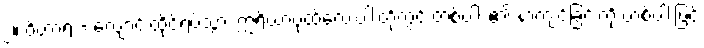
၂။ ဝိဟာရ = လျောင်းထိုင်ရပ်သွား ဣရိယာပုထ်လေးပါးတို့တွင် တစ်ပါး ၏ နာကျင်ခြင်းကို တစ်ပါးဖြင့်